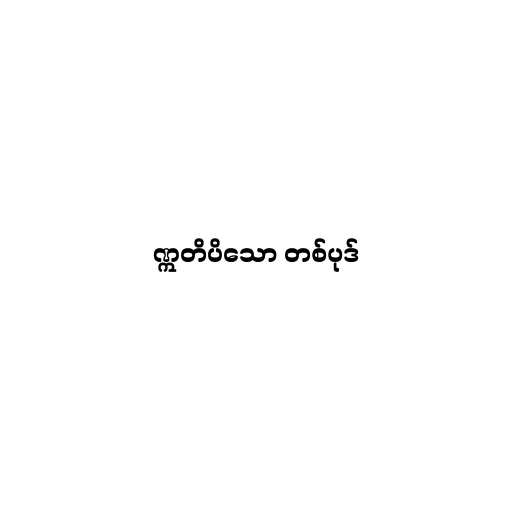
ဣတိပိသော တစ်ပုဒ်